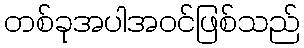
တစ်ခုအပါအဝင်ဖြစ်သည်